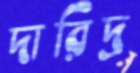
দারিদ্র